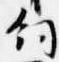
飼